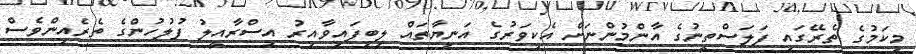
މިކަމުގެ ތެރޭގައި ފަލަސްތީނުގެ އާންމުންނަށް އެކިވަރުގެ އަނިޔާތައް ލިބިފައިވާއިރު އިސްރާއީލު ފުލުހުންގެ ތެރެއިންވެސް